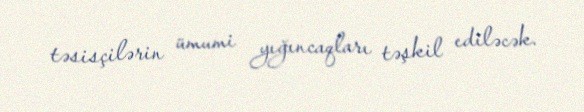
təsisçilərin ümumi yığıncaqları təşkil ediləcək.